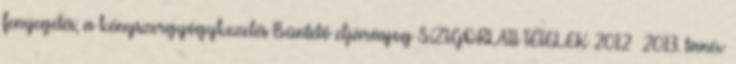
fenyegetés; a kényszergyógykezelés Büntető eljárásjog SZIGORLATI TÉTELEK 2012 2013. tanév